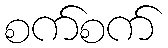
စက်စက်